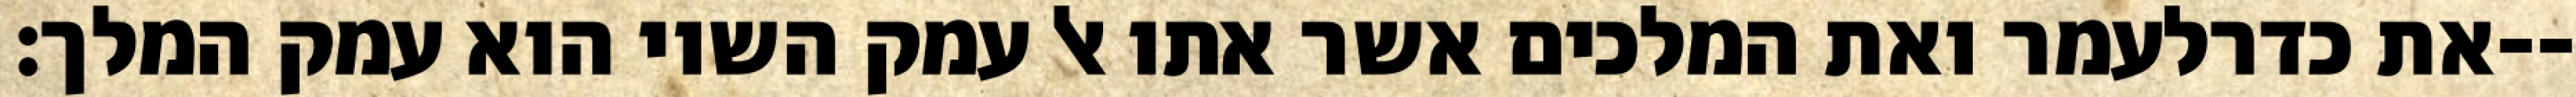
את כדרלעמר ואת המלכים אשר אתו אל עמק השוי הוא עמק המלך׃--